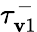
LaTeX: \tau_{\mathbf{v}1}^{-}